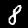
Digit: 8